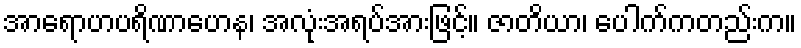
အာရောဟပရိဏာဟေန၊ အလုံးအရပ်အားဖြင့်။ ဇာတိယာ၊ ပေါက်ကတည်းက။